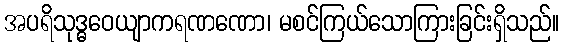
အပရိသုဒ္ဓဝေယျာကရဏဏော၊ မစင်ကြယ်သောကြားခြင်းရှိသည်။